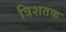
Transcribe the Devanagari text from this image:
त्रिशतक